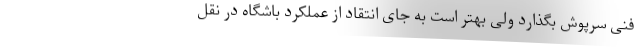
فنی سرپوش بگذارد ولی بهتر است به جای انتقاد از عملکرد باشگاه در نقل